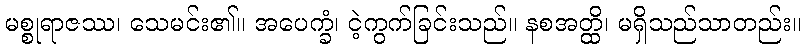
မစ္စုရာဇဿ၊ သေမင်း၏။ အပေက္ခံ၊ ငဲ့ကွက်ခြင်းသည်။ နစအတ္ထိ၊ မရှိသည်သာတည်း။